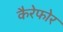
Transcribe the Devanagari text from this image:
कैरेफोर